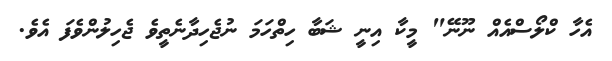
އެހާ ކްލޯސްއެއް ނޫނޭ" މީކާ އިނީ ޝަބާ ހިތްހަމަ ނުޖެހިދާނެތީވެ ޖެހިލުންވެފަ އެވެ.